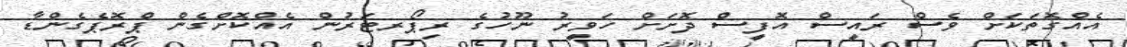
އެއްގޮތަކަށް ވެސް ރައީސް އޮފީސް ދޮށަށް ހަވީރު ނޫހުގެ ރިޕޯރޓަރުން އެއްކޮށްގެން ޕްރޮޕެގެންޑާ